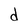
Character: d